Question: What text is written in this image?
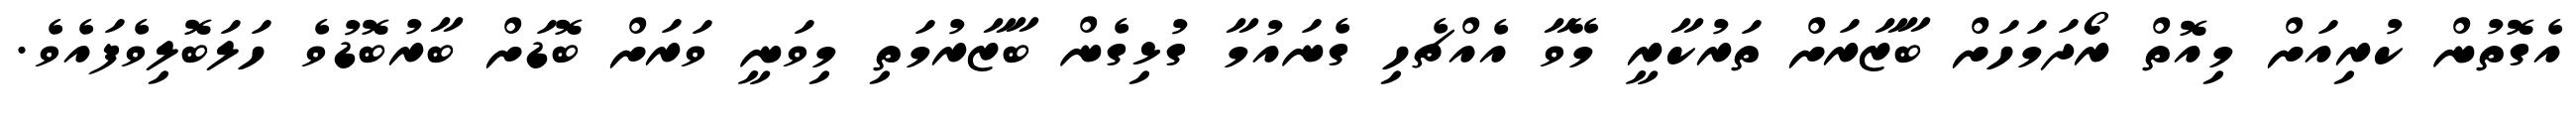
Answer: އެގޮތުން ކުރިއަށް މިއޮތް ރޯދަމަހަށް ބާޒާރަށް ތަރުކާރީ މޭވާ އެއްޗެހި ގެނައުމާ ގުޅިގެން ބާޒާރުމަތި މިވަނީ ވަރަށް ބޮޑަށް ބާރުބޮޑުވެ ހަލަބޮލިވެފައެވެ.